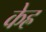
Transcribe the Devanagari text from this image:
केह्र